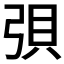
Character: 𫸳